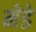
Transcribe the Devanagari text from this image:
मेडे